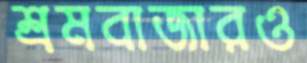
শ্রমবাজারও